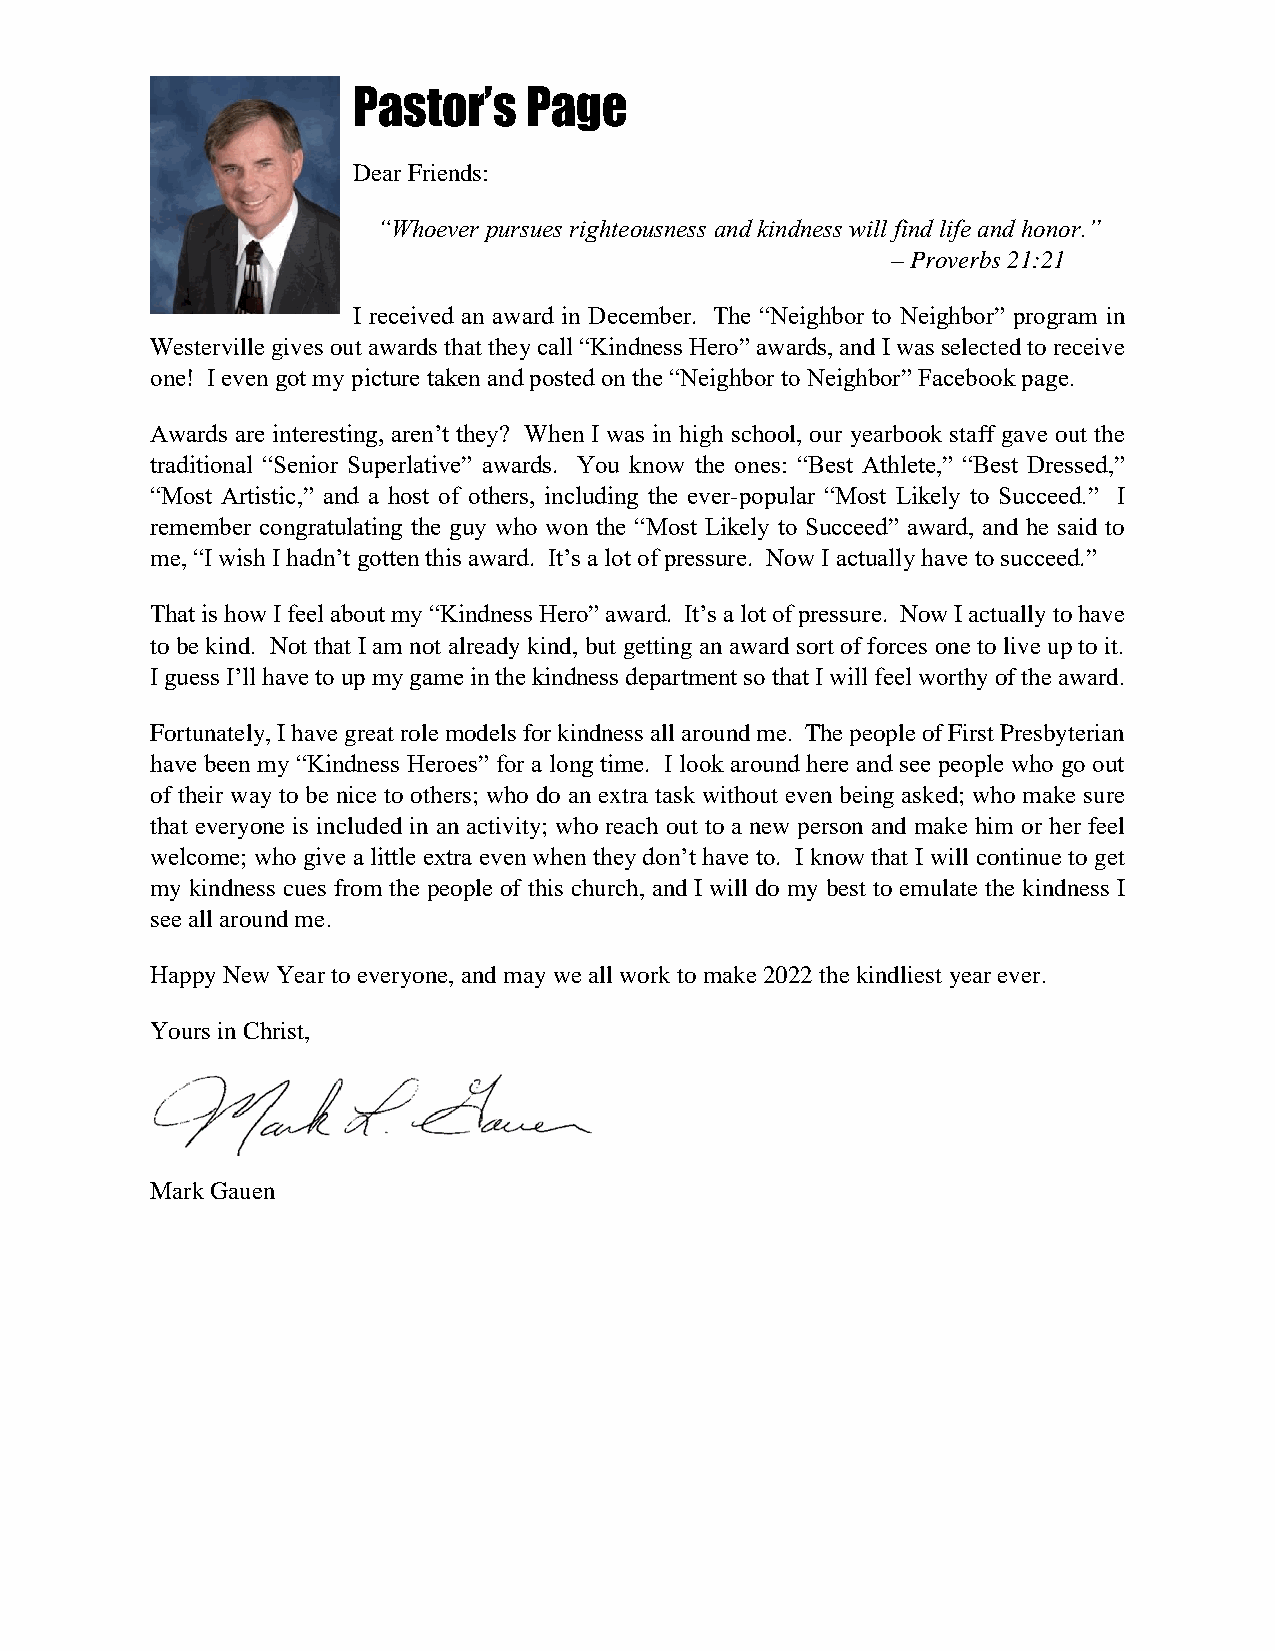
Pastor’s    Page
 Dear Friends:
 “Whoever pursues righteousness and kindness will find life and honor.”
 – Proverbs 21:21
 I received an award in December. The “Neighbor to Neighbor” program in
 Westerville gives out awards that they call “Kindness Hero” awards, and I was selected to receive
 one! I even got my picture taken and posted on the “Neighbor to Neighbor” Facebook page.
 Awards are interesting, aren’t they? When I was in high school, our yearbook staff gave out the
 traditional “Senior Superlative” awards. You know the ones: “Best Athlete,” “Best Dressed,”
 “Most Artistic,” and a host of others, including the ever-popular “Most Likely to Succeed.” I
 remember congratulating the guy who won the “Most Likely to Succeed” award, and he said to
 me, “I wish I hadn’t gotten this award. It’s a lot of pressure. Now I actually have to succeed.”
 That is how I feel about my “Kindness Hero” award. It’s a lot of pressure. Now I actually to have
 to be kind. Not that I am not already kind, but getting an award sort of forces one to live up to it.
 I guess I’ll have to up my game in the kindness department so that I will feel worthy of the award.
 Fortunately, I have great role models for kindness all around me. The people of First Presbyterian
 have been my “Kindness Heroes” for a long time. I look around here and see people who go out
 of their way to be nice to others; who do an extra task without even being asked; who make sure
 that everyone is included in an activity; who reach out to a new person and make him or her feel
 welcome; who give a little extra even when they don’t have to. I know that I will continue to get
 my kindness cues from the people of this church, and I will do my best to emulate the kindness I
 see all around me.
 Happy New Year to everyone, and may we all work to make 2022 the kindliest year ever.
 Yours in Christ,
 Mark Gauen